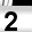
Digit: 2